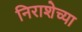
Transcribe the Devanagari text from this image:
निराशेच्या